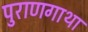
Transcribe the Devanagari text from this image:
पुराणगाथा